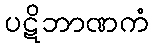
ပဋိဘာဏကံ